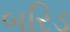
બરિડ